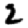
Digit: 2